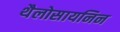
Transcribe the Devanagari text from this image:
थैलोसायनिन